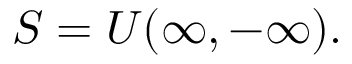
S = U ( \infty , - \infty ) .